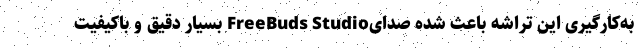
به‌کارگیری این تراشه باعث شده صدایFreeBuds Studio بسیار دقیق و باکیفیت